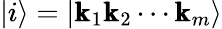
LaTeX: |i\rangle=|\pmb{\mathrm{k}}_{1}\pmb{\mathrm{k}}_{2}\cdots\pmb{\mathrm{k}}_{m}\rangle